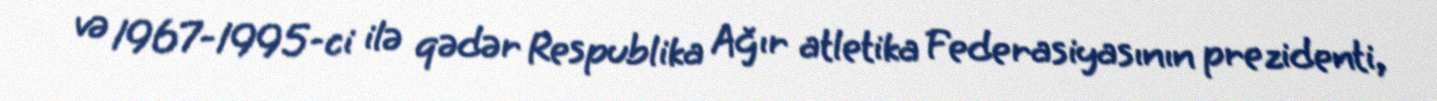
və 1967-1995-ci ilə qədər Respublika Ağır atletika Federasiyasının prezidenti,